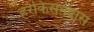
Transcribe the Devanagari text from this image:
हरकिसनदास